Annual report on the working of the lock hospitals in the Central Provinces
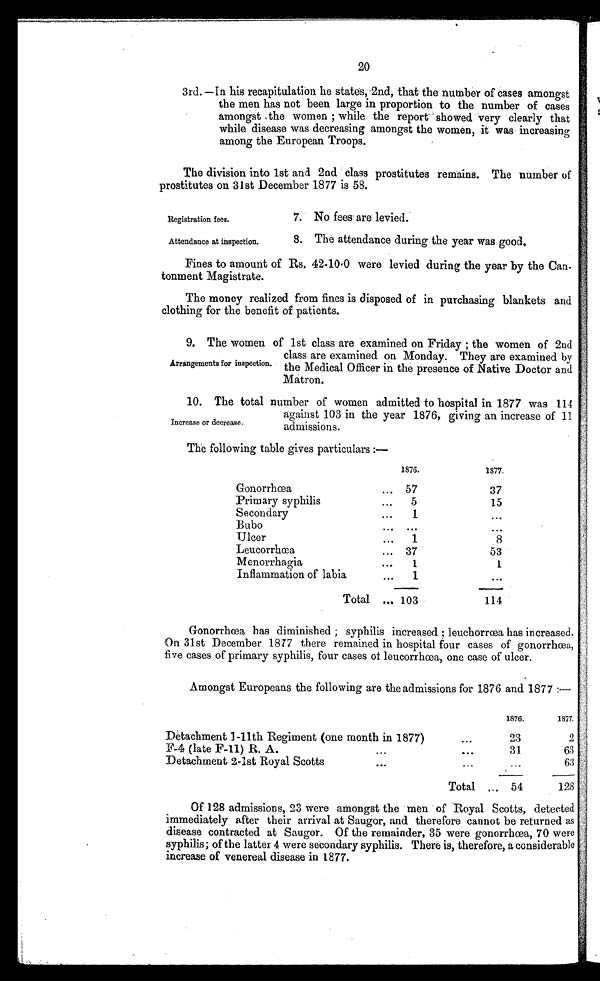
Registration fees.
Attendance at inspection.
20
3rd. —In his recapitulation he states, 2nd, that the number of cases amongst
the men has not been large in proportion to the number of cases
amongst ,the women ; while the report showed very clearly that
while disease was decreasing amongst the women, it was increasing
among the European Troops.
The division into 1st and 2nd class prostitutes remains. The number of
prostitutes on 31st December 1877 is 58.
7. No fees are levied.
8. The attendance during the year was good,
Fines to amount of Rs, 42-10·0 were levied during the year by the Can-
tonment Magistrate.
The money realized from fines is disposed of in purchasing blankets and
clothing for the benefit of patients.
9. The women of 1st class are examined on Friday ; the women of 2nd
class are examined on Monday. They are examined by
the Medical Officer in the presence of Native Doctor and
Matron.
10. The total number of women admitted to hospital in 1877 was 114
against 103 in the year 1876, giving an increase of 11.
admissions.
The following table gives particulars :—
1876.
1877.
Gonorrhœa
... 57
37
Primary syphilis
5
15
Secondary
...
1
Bubo
Ulcer
...
1
8
Leucorrhœa
... 37
53
Menorrhagia
...
1
1
Inflammation of labia
...
1
Total ... 103
114
Gonorrhoea has diminished ; syphilis increased ; leuchorrœa has increased.
On 31st December 1877 there remained in hospital four cases of gonorrhœa,
five cases of primary syphilis, four cases of leucorrhœa, one case of ulcer.
Amongst Europeans the following are the admissions for 1876 and 1877 :—
1876.
1877.
Detachment 1-11th Regiment (one month in 1877)
2 3
2
F-4 (late F-11) R. A.
...
. . .
31
63
Detachment 2-1st Royal Scotts
...
...
63
Total ... 54
128
Of 128 admissions, 23 were amongst the men of Royal Scotts, detected
immediately after their arrival at Saugor, and therefore cannot be returned as
disease contracted at Saugor. Of the remainder, 35 were gonorrhoea, 70 were
syphilis; of the latter 4 were secondary syphilis. There is, therefore, a considerable
increase of venereal disease in 1877.